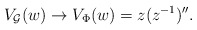
\begin{align*}V_{{\cal G}}(w) \rightarrow V_{\Phi}(w) = z(z^{-1})''.\end{align*}